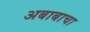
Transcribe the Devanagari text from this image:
अबाबाचा